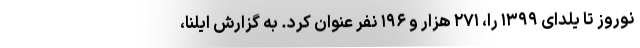
نوروز تا یلدای ۱۳۹۹ را، ۲۷۱ هزار و ۱۹۶ نفر عنوان کرد. به گزارش ایلنا،